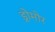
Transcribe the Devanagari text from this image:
ड्रोमोर